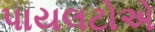
પાયલટોએ